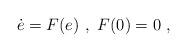
LaTeX: \begin{align*}\dot e = F(e)\ ,\ F(0)=0\ ,\end{align*}